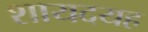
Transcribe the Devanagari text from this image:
शायदयह